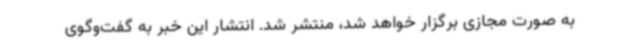
به صورت مجازی برگزار خواهد شد، منتشر شد. انتشار این خبر به گفت‌وگوی